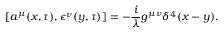
[ a ^ { \mu } ( x , \tau ) , \epsilon ^ { \nu } ( y , \tau ) ] = - \frac { i } { \lambda } g ^ { \mu \nu } \delta ^ { 4 } ( x - y ) .